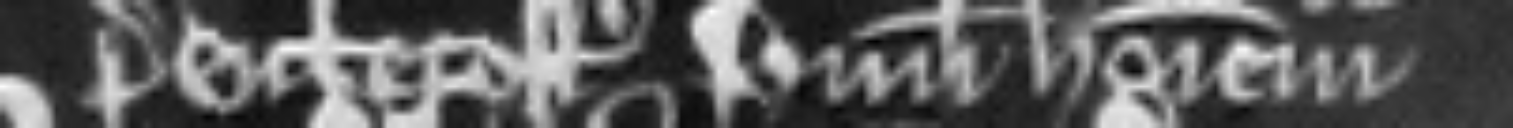
Pentecost unum hominem